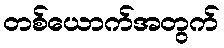
တစ်ယောက်အတွက်